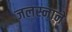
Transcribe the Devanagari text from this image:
जलस्नाने